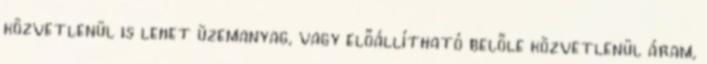
közvetlenül is lehet üzemanyag, vagy előállítható belőle közvetlenül áram,